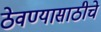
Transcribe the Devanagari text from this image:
ठेवण्यासाठीचे